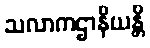
သလာကဌာနိယန္တိ